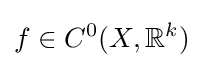
f\in C^{0}(X,\mathbb {R} ^{k})